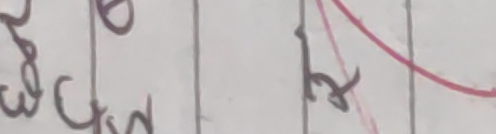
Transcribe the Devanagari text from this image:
अ ५२